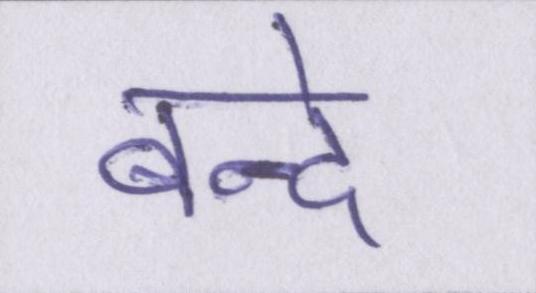
बन्दे